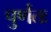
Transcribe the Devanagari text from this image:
पुर्णतः